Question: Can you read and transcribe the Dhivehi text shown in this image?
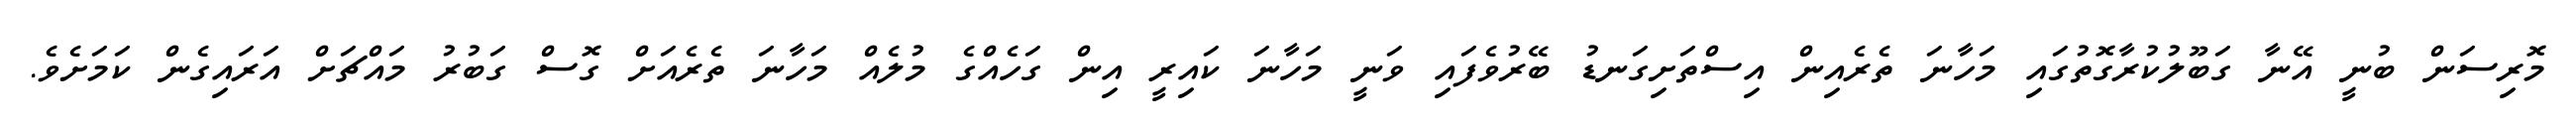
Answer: މޮރިސަން ބުނީ އޭނާ ގަބޫލުކުރާގޮތުގައި މަހާނަ ތެރެއިން އިސްތަށިގަނޑު ބޭރުވެފައި ވަނީ މަހާނަ ކައިރީ އިން ގަހެއްގެ މުލެއް މަހާނަ ތެރެއަށް ގޮސް ގަބުރު މައްޗަށް އަރައިގެން ކަމަށެވެ.